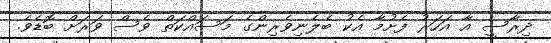
ދިރާސީ އާ އަހަރު ފެށުމާ އެކު ބެލެނިވެރިންގެ މަސައްކަތް ވެސް ވަރަށް ބޮޑެވެ.